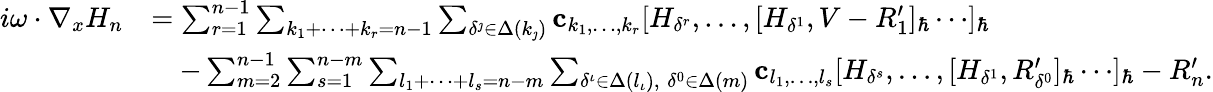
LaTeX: \begin{array}{rl}{i\omega\cdot\nabla_{x}H_{n}}&{=\sum_{r=1}^{n-1}\sum_{k_{1}+\cdots+k_{r}=n-1}\sum_{\delta^{\jmath}\in\Delta(k_{\jmath})}\mathbf{c}_{k_{1},\ldots,k_{r}}[H_{\delta^{r}},\ldots,[H_{\delta^{1}},V-R_{1}^{\prime}]_{\hbar}\cdots]_{\hbar}}\\ &{\quad-\sum_{m=2}^{n-1}\sum_{s=1}^{n-m}\sum_{l_{1}+\cdots+l_{s}=n-m}\sum_{\delta^{\iota}\in\Delta(l_{\iota}),\; \delta^{0}\in\Delta(m)}\mathbf{c}_{l_{1},\ldots,l_{s}}[H_{\delta^{s}},\ldots,[H_{\delta^{1}},R_{\delta^{0}}^{\prime}]_{\hbar}\cdots]_{\hbar}-R_{n}^{\prime}.}\end{array}